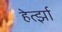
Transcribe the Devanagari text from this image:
हेर्त्झा